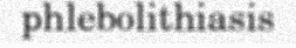
phlebolithiasis